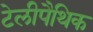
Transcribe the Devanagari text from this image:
टेलीपैथिक